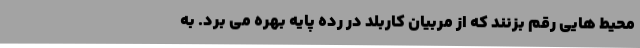
محیط هایی رقم بزنند که از مربیان کاربلد در رده پایه بهره می برد. به